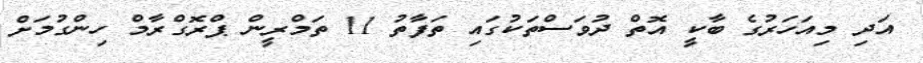
އަދި މިއަހަރުގެ ބާކީ އޮތް ދުވަސްތަކުގައި ތަފާތު 11 ތަމްރީން ޕްރޮގްރާމް ހިންގުމަށް